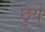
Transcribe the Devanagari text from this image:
छुयें